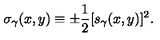
\sigma _ { \gamma } ( x , y ) \equiv \pm { \frac { 1 } { 2 } } [ s _ { \gamma } ( x , y ) ] ^ { 2 } .